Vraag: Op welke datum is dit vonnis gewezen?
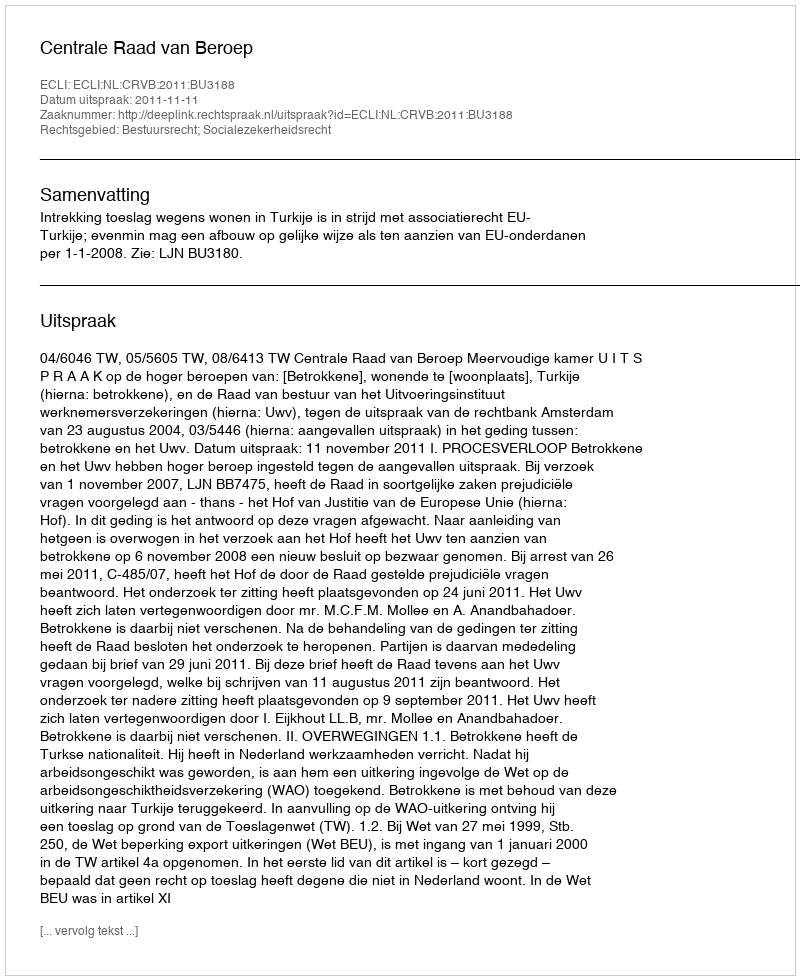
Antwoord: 2011-11-11